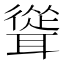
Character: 聳